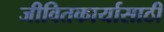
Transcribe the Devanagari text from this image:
जीवितकार्यासाठी